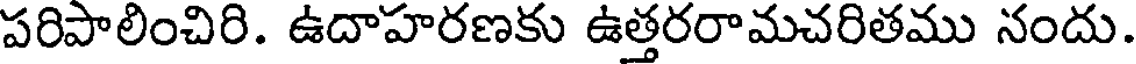
పరిపాలించిరి. ఉదాహరణకు ఉత్తరరామచరితము నందు.